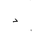
Letter: _dal